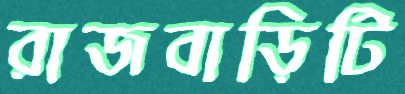
রাজবাড়িটি